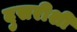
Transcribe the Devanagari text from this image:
दुसरीशी